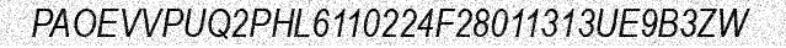
PAOEVVPUQ2PHL6110224F28011313UE9B3ZW